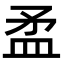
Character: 𥁛